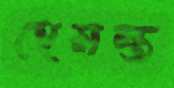
হেমন্ত